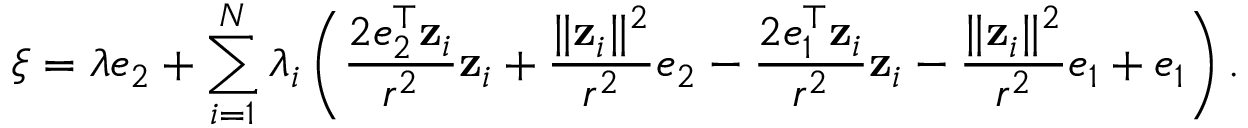
\xi = \lambda e _ { 2 } + \sum _ { i = 1 } ^ { N } \lambda _ { i } \left( \frac { 2 e _ { 2 } ^ { \top } \mathbf z _ { i } } { r ^ { 2 } } \mathbf z _ { i } + \frac { \| \mathbf z _ { i } \| ^ { 2 } } { r ^ { 2 } } e _ { 2 } - \frac { 2 e _ { 1 } ^ { \top } \mathbf z _ { i } } { r ^ { 2 } } \mathbf z _ { i } - \frac { \| \mathbf z _ { i } \| ^ { 2 } } { r ^ { 2 } } e _ { 1 } + e _ { 1 } \right) .